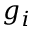
g _ { i }